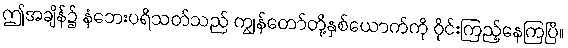
ဤအချိန်၌ နံဘေးပရိသတ်သည် ကျွန်တော်တို့နှစ်ယောက်ကို ဝိုင်းကြည့်နေကြပြီ။